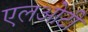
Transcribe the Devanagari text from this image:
एलओटी